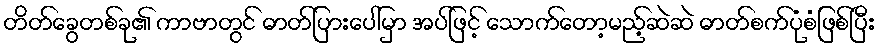
တိတ်ခွေတစ်ခု၏ ကာဗာတွင် ဓာတ်ပြားပေါ်မှာ အပ်ဖြင့် သောက်တော့မည့်ဆဲဆဲ ဓာတ်စက်ပုံစံဖြစ်ပြီး